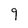
Character: 9